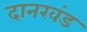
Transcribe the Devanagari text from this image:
दानखंड